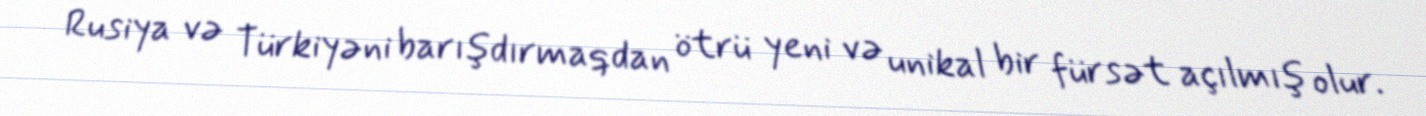
Rusiya və Türkiyəni barışdırmaqdan ötrü yeni və unikal bir fürsət açılmış olur.